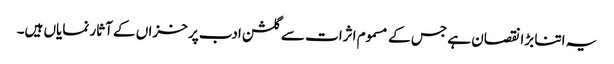
یہ اتنا بڑا نقصان ہے جس کے مسموم اثرات سے گلشن ادب پر خزاں کے آثار نمایاں ہیں۔